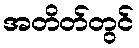
အတိတ်တွင်